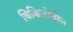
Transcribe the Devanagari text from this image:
चिकित्सेतील